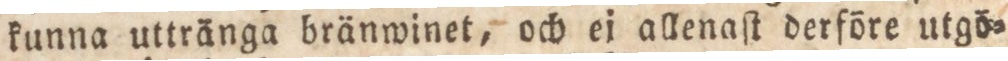
kunna uttränga bränwinet, och ej allenaſt derföre utgö=